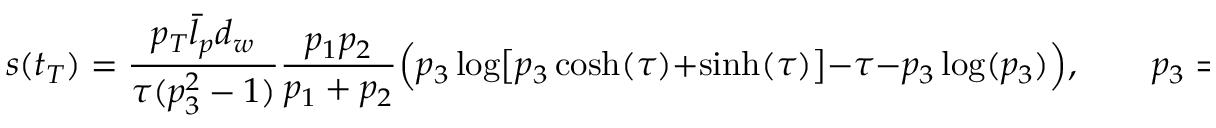
s ( t _ { T } ) = \frac { p _ { T } \bar { l } _ { p } d _ { w } } { \tau ( p _ { 3 } ^ { 2 } - 1 ) } \frac { p _ { 1 } p _ { 2 } } { p _ { 1 } + p _ { 2 } } \Bigl ( p _ { 3 } \log \bigl [ p _ { 3 } \cosh ( \tau ) + \sinh ( \tau ) \bigr ] - \tau - p _ { 3 } \log ( p _ { 3 } ) \Bigr ) , \qquad p _ { 3 } = \frac { p _ { 1 } \sqrt { 1 + R _ { * } ^ { 2 } } } { p _ { 1 } + p _ { 2 } } .